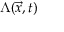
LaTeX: \Lambda ( { \vec { x } } , t )